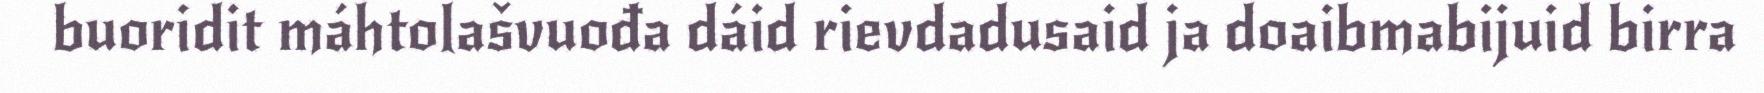
buoridit máhtolašvuođa dáid rievdadusaid ja doaibmabijuid birra